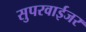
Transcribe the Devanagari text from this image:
सुपरवाईजर